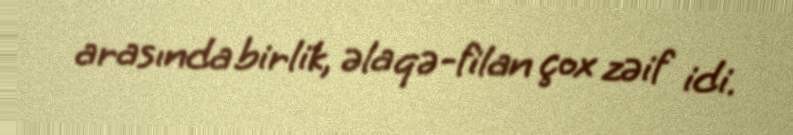
arasında birlik, əlaqə-filan çox zəif idi.